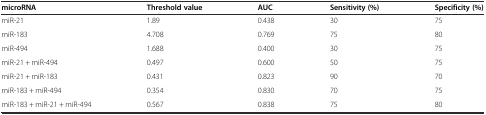
| microRNA | Threshold value | AUC | Sensitivity (%) | Specificity (%) |
 | --- | --- | --- | --- | --- |
 | miR-21 | 1.89 | 0.438 | 30 | 75 |
 | miR-183 | 4.708 | 0.769 | 75 | 80 |
 | miR-494 | 1.688 | 0.400 | 30 | 75 |
 | miR-21 + miR-494 | 0.497 | 0.600 | 50 | 75 |
 | miR-21 + miR-183 | 0.431 | 0.823 | 90 | 70 |
 | miR-183 + miR-494 | 0.354 | 0.830 | 70 | 75 |
 | miR-183 + miR-21 + miR-494 | 0.567 | 0.838 | 75 | 80 |